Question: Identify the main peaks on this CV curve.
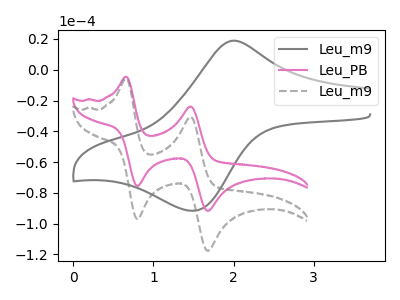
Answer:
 <answer>The gray curve "Leu_m9" has an anodic peak at (2.00V, 18.85uA) and a cathodic peak at (1.50V, -91.60uA). The pink curve "Leu_PB" has anodic peaks at (0.65V, -4.60uA) (1.45V, -23.90uA) and cathodic peaks at (0.80V, -75.60uA) (1.65V, -91.70uA). The gray dashed curve "Leu_m9" has anodic peaks at (0.65V, -5.90uA) (1.45V, -30.65uA) and cathodic peaks at (0.80V, -97.00uA) (1.65V, -117.65uA).</answer>
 <eval></eval>